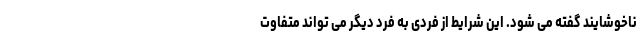
ناخوشایند گفته می شود. این شرایط از فردی به فرد دیگر می تواند متفاوت